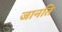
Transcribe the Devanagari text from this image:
जानति